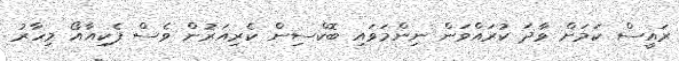
ރައީސް ކަމަށް ވާދަ ކުރައްވަން ނިންމަވައި ބޮކްސިން ކެރިއަރުން ވެސް ޕެކިއާއޯ މިހާރު